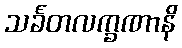
သင်္ခတလက္ခဏာနိ